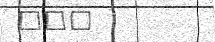
١٤٦